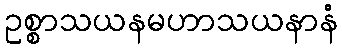
ဥစ္စာသယနမဟာသယနာနံ